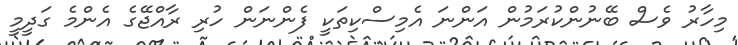
މިހާރު ވެސް ބޭނުންކުރަމުން އަންނަ އެމިސްކިތަކީ ފެންނަން ހުރި ރާއްޖޭގެ އެންމެ ގަދީމީ